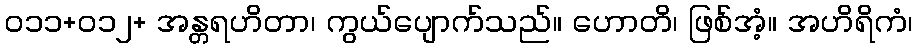
ဝ၁၁+၀၁၂+ အန္တရဟိတာ၊ ကွယ်ပျောက်သည်။ ဟောတိ၊ ဖြစ်အံ့။ အဟိရိကံ၊